Indian Civil Veterinary Department memoirs
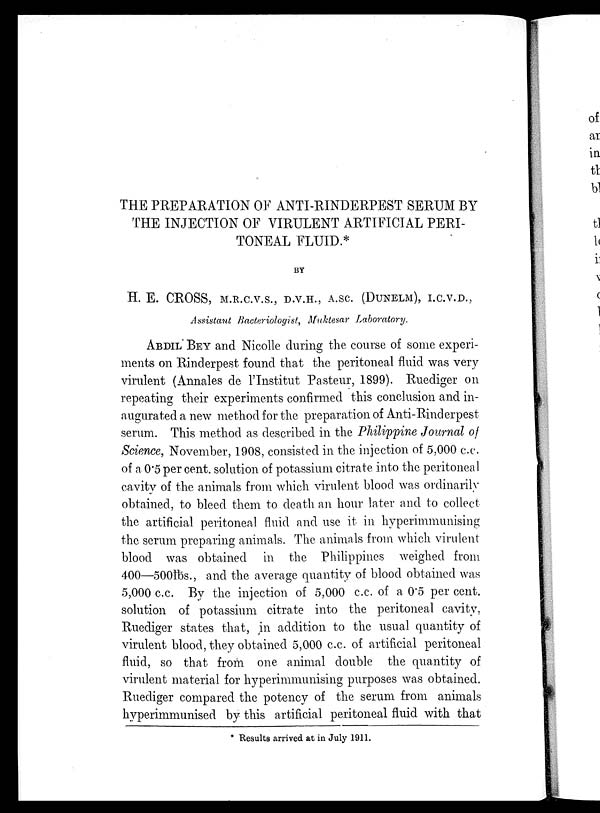
THE PREPARATION OF ANTI-RINDERPEST SERUM BY
THE INJECTION OF VIRULENT ARTIFICIAL PERI-
TONEAL FLUID.*
BY
H. E. CROSS, M.R.C.V.S., D.V.H., A.SC. (DUNELM), I.C.V.D.,
Assistant Bacteriologist, Muktesar Laboratory.
ABDIL BEY and Nicolle during the course of some experi-
ments on Rinderpest found that the peritoneal fluid was very
virulent (Annales de l'Institut Pasteur, 1899). Ruediger on
repeating their experiments confirmed this conclusion and in-
augurated a new method for the preparation of Anti.Rinderpest
serum. This method as described in the Philippine Journal of
Science, November, 1908, consisted in the injection of 5,000 c.c.
of a 0.5 per cent. solution of potassium citrate into the peritoneal
cavity of the animals from which virulent blood was ordinarily
obtained, to bleed them to death an hour later and to collect
the artificial peritoneal fluid and use it in hyperimmunising
the serum preparing animals. The animals from which virulent
blood was obtained in the Philippines weighed from
400—500lbs., and the average quantity of blood obtained was
5,000 c.c. By the injection of 5,000 c.c. of a 0.5 per cent.
solution of potassium citrate into the peritoneal cavity,
Ruediger states that, in addition to the usual quantity of
virulent blood, they obtained 5,000 c.c. of artificial peritoneal
fluid, so that from one animal double the quantity of
virulent material for hyperimmunising purposes was obtained.
Ruediger compared the potency of the serum from animals
hyperimmunised by this artificial peritoneal fluid with that
* Results arrived at in July 1911.